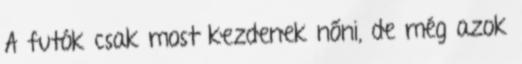
A futók csak most kezdenek nőni, de még azok